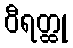
ဝီရတ္ထု